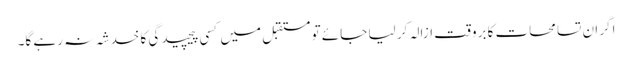
اگر ان تسامحات کا بروقت ازالہ کر لیا جائے تو مستقبل میں کسی پیچیدگی کا خدشہ نہ رہے گا۔